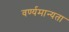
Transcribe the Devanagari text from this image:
वर्ण्यमान्यता